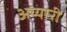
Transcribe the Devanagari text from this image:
अय्यारी